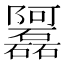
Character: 𲉦